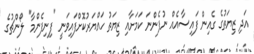
އަދި ޒިޔަތުގެ ގެއިން ފައިސާއެއް ނުފެންނަ ކަމަށާއި ޒިޔަތު ހައްޔަރުކޮށްފައިވަނީ "ފިނިފެންމާ" ލޯންޗުގެ